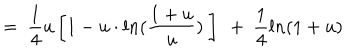
= \ \frac { 1 } { 4 } u \left[ 1 - u \cdot l n ( \frac { 1 + u } { u } ) \ \right] \ + \ \frac { 1 } { 4 } l n ( 1 + u )